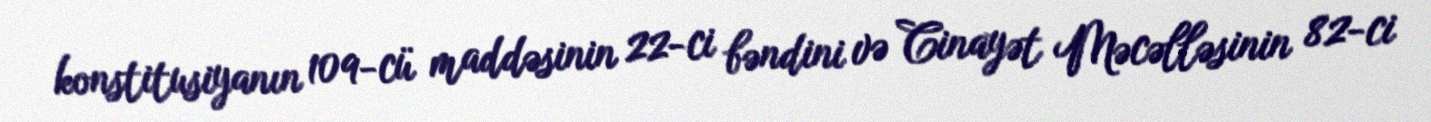
konstitusiyanın 109-cü maddəsinin 22-ci bəndini və Cinayət Məcəlləsinin 82-ci